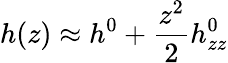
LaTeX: h(z)\approx h^{0}+\frac{z^{2}}2h_{zz}^{0}